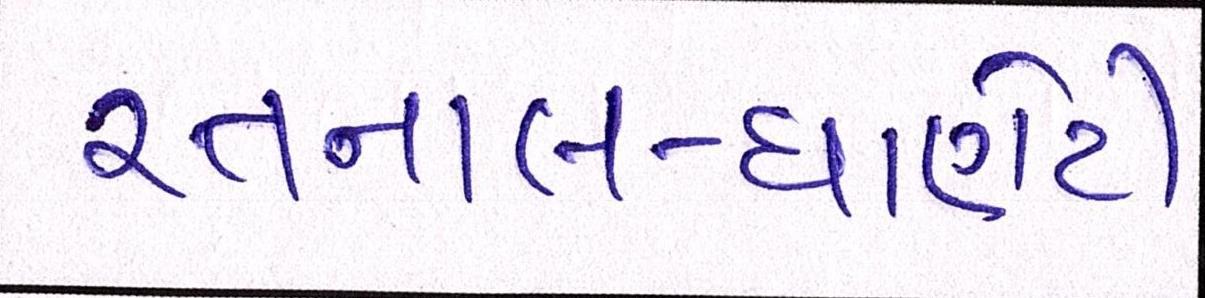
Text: રતનાલ-ધાણેટી